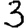
Digit: 3